Civil Veterinary Department. Madras. Admin. report 1926-33 - 1926-1933
Year: 1926
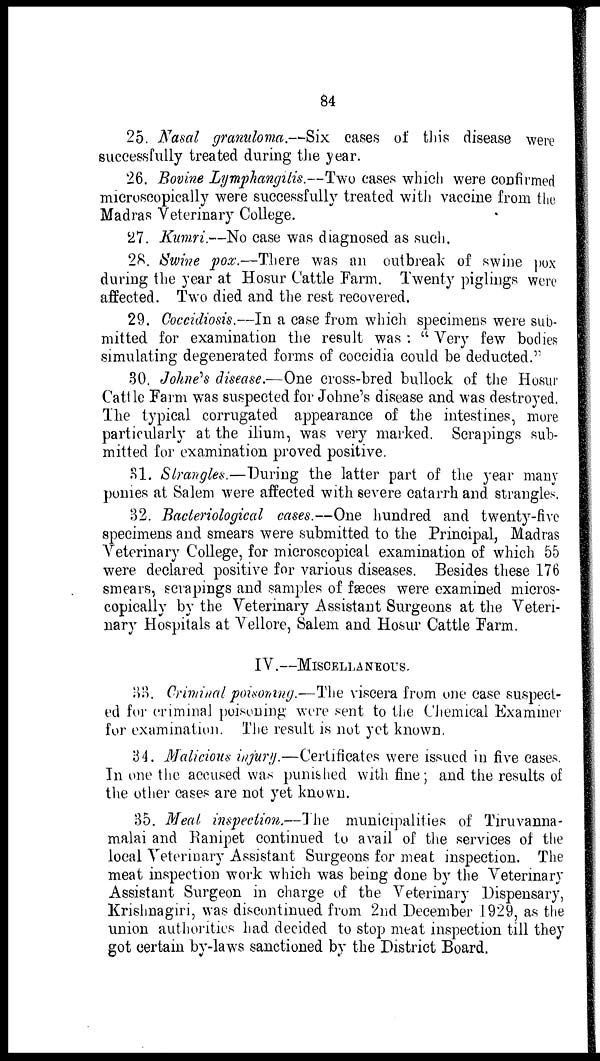
84
25. Nasal granuloma.—Six cases of this disease were
successfully treated during the year.
26. Bovine Lymphangitis.—Two cases which were confirmed
microscopically were successfully treated with vaccine from the
Madras Veterinary College.
27. Kumri.—No case was diagnosed as such.
28. Swine pox.—There was an outbreak of swine pox
during the year at Hosur Cattle Farm. Twenty piglings were
affected. Two died and the rest recovered.
29. Coccidiosis.—In a case from which specimens were sub-
mitted for examination the result was : " Very few bodies
simulating degenerated forms of coccidia could be deducted."
30. Johne,s disease.—One cross-bred bullock of the Hosur
Cattle Farm was suspected for Johne's disease and was destroyed.
The typical corrugated appearance of the intestines, more
particularly at the ilium, was very marked. Scrapings sub-
mitted for examination proved positive.
31. Strangles.—During the latter part of the year many
ponies at Salem were affected with severe catarrh and strangles.
32. Bacteriological cases.—One hundred and twenty-five
specimens and smears were submitted to the Principal, Madras
Veterinary College, for microscopieal examination of which 55
were declared positive for various diseases. Besides these 176
smears, scrapings and samples of fæces were examined micros-
copically by the Veterinary Assistant Surgeons at the Veteri-
nary Hospitals at Vellore, Salem and Hosur Cattle Farm.
IV.—MISCELLANEOUS.
33. Criminal poisoning.—The viscera from one case suspect-
ed for criminal poisoning were sent to the Chemical Examiner
for examination. The result is not yet known.
34. Malicious injury.—Certificates were issued in five cases.
In one the accused was punished with fine; and the results of
the other cases are not yet known.
35. Meat inspection.—The municipalities of Tiruvanna-
malai and Ranipet continued to avail of the services of the
local Veterinary Assistant Surgeons for meat inspection. The
meat inspection work which was being done by the Veterinary
Assistant Surgeon in charge of the Veterinary Dispensary,
Krishnagiri, was discontinued from 2nd December 1929, as the
union authorities had decided to stop meat inspection till they
got certain by-laws sanctioned by the District Board.